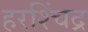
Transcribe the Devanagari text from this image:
हरश्चिंद्र